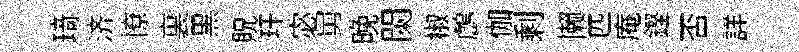
𤦺济憭裏黑貺玕宓舅晩闌椒鸕伽剩懒匹庵鏗否詳